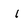
Character: i